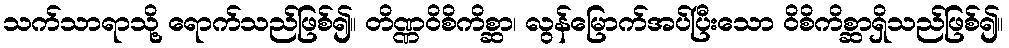
သက်သာရာသို့ ရောက်သည်ဖြစ်၍။ တိဏ္ဏဝိစိကိစ္ဆာ၊ လွန်မြောက်အပ်ပြီးသော ဝိစိကိစ္ဆာရှိသည်ဖြစ်၍။